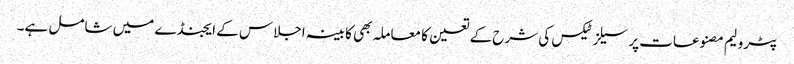
پٹرولیم مصنوعات پر سیلز ٹیکس کی شرح کے تعین کا معاملہ بھی کابینہ اجلاس کے ایجنڈے میں شامل ہے۔